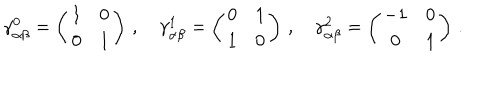
\gamma _ { \alpha \beta } ^ { 0 } = \left( \begin{array} { c c } { { 1 } } & { { 0 } } \\ { { 0 } } & { { 1 } } \\ \end{array} \right) \, , \quad \gamma _ { \alpha \beta } ^ { 1 } = \left( \begin{array} { c c } { { 0 } } & { { 1 } } \\ { { 1 } } & { { 0 } } \\ \end{array} \right) \, , \quad \gamma _ { \alpha \beta } ^ { 2 } = \left( \begin{array} { c c } { { - 1 } } & { { 0 } } \\ { { 0 } } & { { 1 } } \\ \end{array} \right) \, .